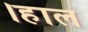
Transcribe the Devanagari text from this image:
।हाल